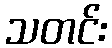
သတင်း